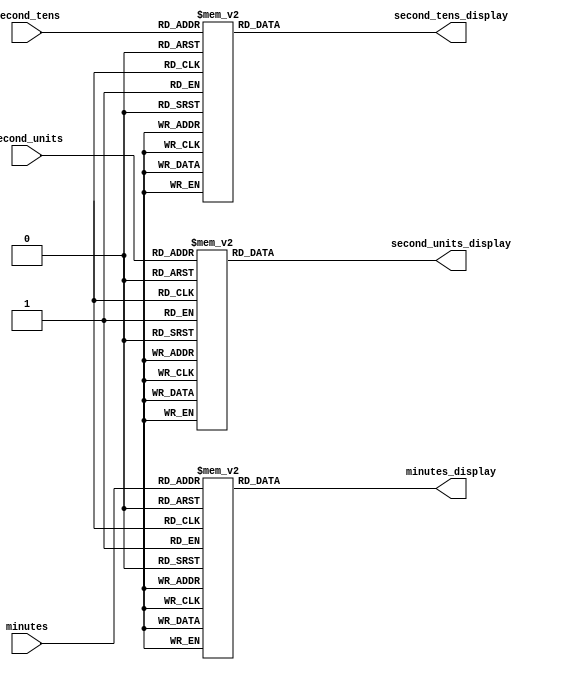
module decoder(
  input wire [3:0] minutes, second_tens, second_units,
  output reg [6:0] minutes_display, second_tens_display, second_units_display
);

    always @(*) begin
    case (minutes)
        4'b0000: minutes_display = 7'b0000001;
        4'b0001: minutes_display = 7'b1001111;
        4'b0010: minutes_display = 7'b0010010;
        4'b0011: minutes_display = 7'b0000110;
        4'b0100: minutes_display = 7'b1001100;
        4'b0101: minutes_display = 7'b0100100;
        4'b0110: minutes_display = 7'b0100000;
        4'b0111: minutes_display = 7'b0001101;
        4'b1000: minutes_display = 7'b0000000;
        4'b1001: minutes_display = 7'b0000100;
        default: minutes_display = 7'b0000000; // Off
    endcase

    case (second_tens)
        4'b0000: second_tens_display = 7'b0000001;
        4'b0001: second_tens_display = 7'b1001111;
        4'b0010: second_tens_display = 7'b0010010;
        4'b0011: second_tens_display = 7'b0000110;
        4'b0100: second_tens_display = 7'b1001100;
        4'b0101: second_tens_display = 7'b0100100;
        4'b0110: second_tens_display = 7'b0100000;
        4'b0111: second_tens_display = 7'b0001101;
        4'b1000: second_tens_display = 7'b0000000;
        4'b1001: second_tens_display = 7'b0000100;
        default: second_tens_display = 7'b0000000; // Off
    endcase

    case (second_units)
        4'b0000: second_units_display = 7'b0000001;
        4'b0001: second_units_display = 7'b1001111;
        4'b0010: second_units_display = 7'b0010010;
        4'b0011: second_units_display = 7'b0000110;
        4'b0100: second_units_display = 7'b1001100;
        4'b0101: second_units_display = 7'b0100100;
        4'b0110: second_units_display = 7'b0100000;
        4'b0111: second_units_display = 7'b0001101;
        4'b1000: second_units_display = 7'b0000000;
        4'b1001: second_units_display = 7'b0000100;
        default: second_units_display = 7'b0000000; // Off
    endcase
    end

endmodule